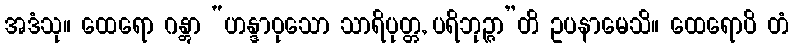
အဒံသု။ ထေရော ဂန္တွာ “ဟန္ဒာဝုသော သာရိပုတ္တ, ပရိဘုဉ္ဇာ”တိ ဥပနာမေသိ။ ထေရောပိ တံ